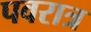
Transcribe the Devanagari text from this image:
पवरात्र